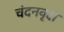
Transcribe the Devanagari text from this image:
चंदनवृक्ष